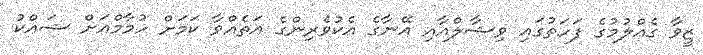
ޒީވާ ގެއްލުމުގެ ފަހަތުގައި ވިޝާލްއާއި އޭނާގެ އެކުވެރިންގެ އަތެއްވާ ކަމަށް ހުމާމްއަށް ޝައްކު